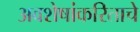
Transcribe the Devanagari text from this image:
अवशेषांकरिताचे